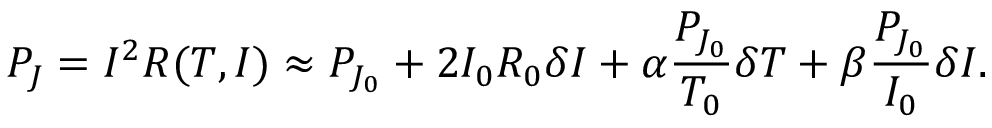
P _ { J } = I ^ { 2 } R ( T , I ) \approx P _ { J _ { 0 } } + 2 I _ { 0 } R _ { 0 } \delta I + \alpha \frac { P _ { J _ { 0 } } } { T _ { 0 } } \delta T + \beta \frac { P _ { J _ { 0 } } } { I _ { 0 } } \delta I .